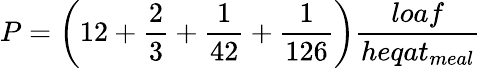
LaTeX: P={\bigg(}12+{\frac{2}{3}}+{\frac{1}{42}}+{\frac{1}{126}}{\bigg)}{\frac{loaf}{heqat_{meal}}}